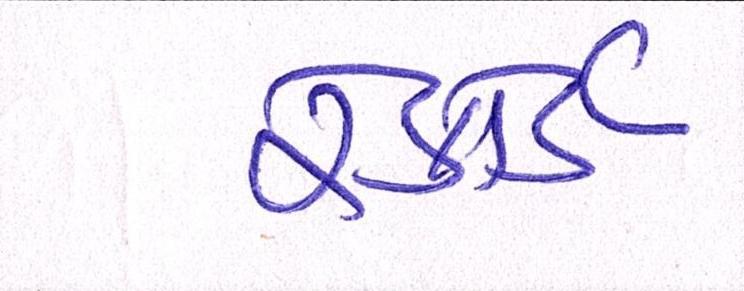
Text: રેકોર્ડ